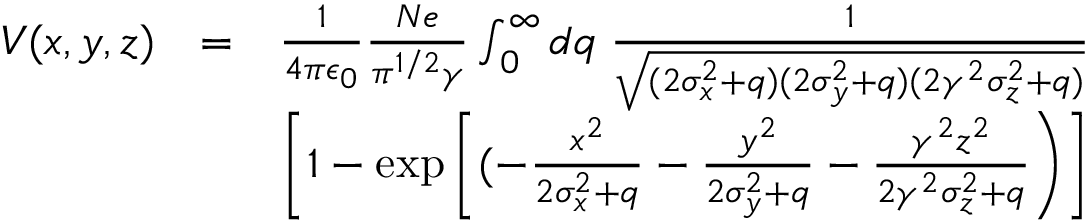
\begin{array} { r l r } { V ( x , y , z ) } & { = } & { \frac { 1 } { 4 \pi \epsilon _ { 0 } } \frac { N e } { \pi ^ { 1 / 2 } \gamma } \int _ { 0 } ^ { \infty } d q \; \frac { 1 } { \sqrt { ( 2 \sigma _ { x } ^ { 2 } + q ) ( 2 \sigma _ { y } ^ { 2 } + q ) ( 2 \gamma ^ { 2 } \sigma _ { z } ^ { 2 } + q ) } } } \\ & { } & { \left[ 1 - \exp \left[ ( - \frac { x ^ { 2 } } { 2 \sigma _ { x } ^ { 2 } + q } - \frac { y ^ { 2 } } { 2 \sigma _ { y } ^ { 2 } + q } - \frac { \gamma ^ { 2 } z ^ { 2 } } { 2 \gamma ^ { 2 } \sigma _ { z } ^ { 2 } + q } \right) \right] } \end{array}